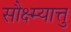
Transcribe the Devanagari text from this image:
सौक्ष्म्यात्तु